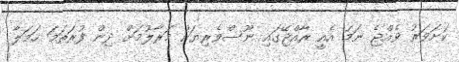
ކަށަވަރު ވެއްޖެ ނަމަ އެއީ ރާއްޖޭގައި ނޫސްވެރިޔަކު މަރާލުމަށް ދިން ފުރަތަމަ ހަމަލާ